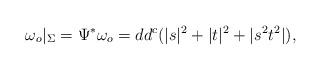
LaTeX: \begin{align*}\omega _o |_{\Sigma} = \Psi ^* \omega _o = dd^c (|s|^2 + |t|^2 + |s^2t^2|),\end{align*}